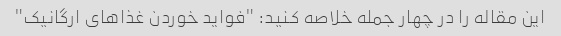
این مقاله را در چهار جمله خلاصه کنید: "فواید خوردن غذاهای ارگانیک"